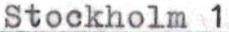
Stockholm 1